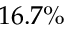
1 6 . 7 \%